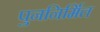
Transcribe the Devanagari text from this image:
पुननिर्मित